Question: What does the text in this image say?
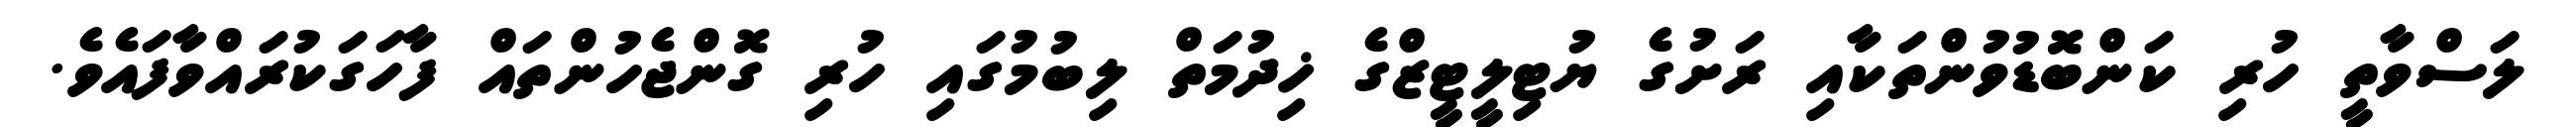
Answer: ލަސްވާތީ ހުރި ކަންބޮޑުވުންތަކާއި ރަށުގެ ޔުޓިލީޓީޒްގެ ޚިދުމަތް ލިބުމުގައި ހުރި ގޮންޖެހުންތައް ފާހަގަކުރައްވާފައެވެ.